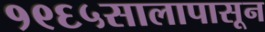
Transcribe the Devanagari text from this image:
१९६५सालापासून